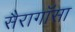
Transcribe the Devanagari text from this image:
सैरागॉसा